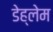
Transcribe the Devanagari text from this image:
डेह्लेम